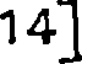
14]